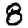
Digit: 8